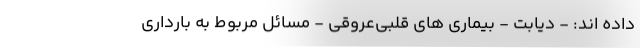
داده اند: - دیابت - بیماری های قلبی‌عروقی - مسائل مربوط به بارداری